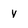
Character: y